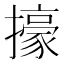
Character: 㩝